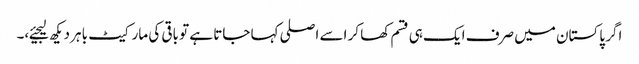
اگر پاکستان میں صرف ایک ہی قسم کھا کر اسے اصلی کہا جاتا ہے تو باقی کی مارکیٹ باہر دیکھ لیجیئے،۔